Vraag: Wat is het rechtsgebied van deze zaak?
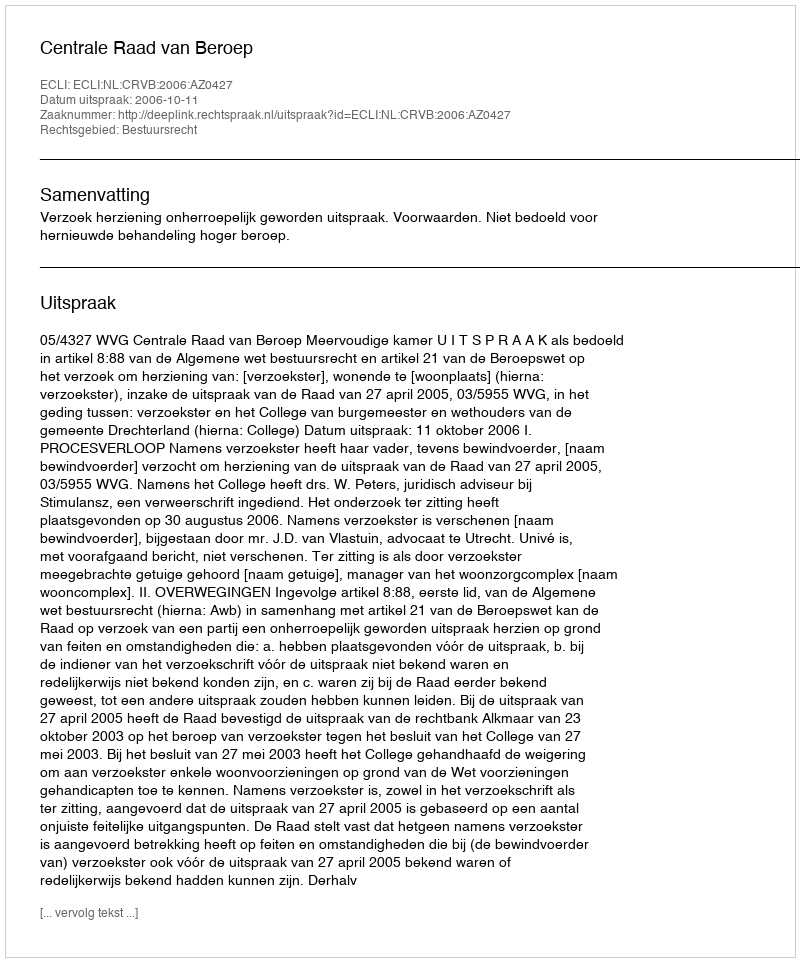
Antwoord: Bestuursrecht